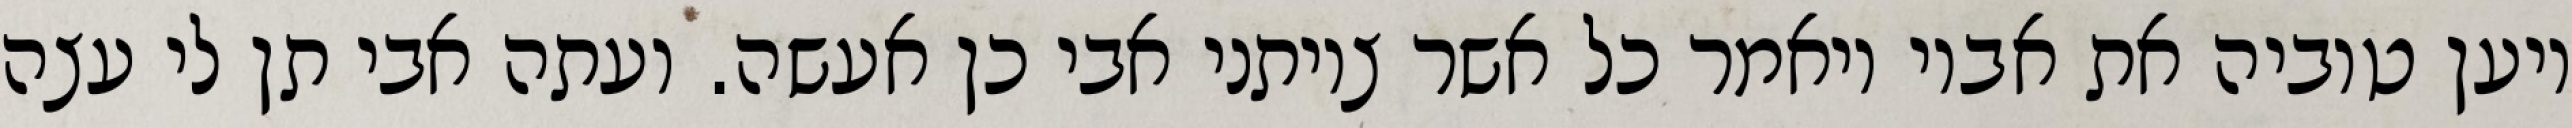
ויען טוביה את אביו ויאמר כל אשר צויתני אבי כן אעשה. ועתה אבי תן לי עצה